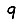
Digit: 9